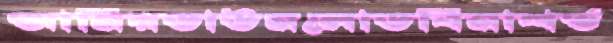
আনিরডাউনলোডবিনাশর্ত